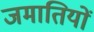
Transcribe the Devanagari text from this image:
जमातियों